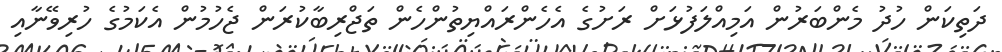
ދަތިކަން ހުދު މެންބަރުން އަމިއްލަފުޅަށް ރަށުގެ އެހެންރައްޔިތުންހެން ތަޖްރިބާކުރަން ޖެހުމުން އެކަމުގެ ހުރިވޭނާއި